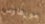
مورهاوس